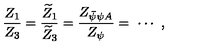
{ \frac { Z _ { 1 } } { Z _ { 3 } } } = { \frac { \widetilde Z _ { 1 } } { \widetilde Z _ { 3 } } } = { \frac { Z _ { \bar { \psi } \psi A } } { Z _ { \psi } } } = \ \cdots \ ,